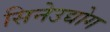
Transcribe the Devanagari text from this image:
सिनेउद्योग